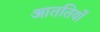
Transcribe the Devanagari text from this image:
आततियों